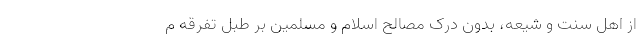
از اهل سنّت و شیعه، بدون درک مصالح اسلام و مسلمین بر طبلِ تفرقه م